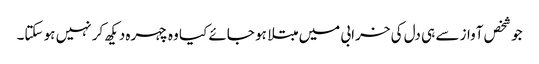
جو شخص آواز سے ہی دل کی خرابی میں مبتلا ہو جائے کیا وہ چہرہ دیکھ کر نہیں ہو سکتا۔